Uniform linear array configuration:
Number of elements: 32
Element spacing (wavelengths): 0.25
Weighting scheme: cosine
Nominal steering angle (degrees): -15
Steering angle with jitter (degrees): -14.791
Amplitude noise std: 0.05
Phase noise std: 0.05

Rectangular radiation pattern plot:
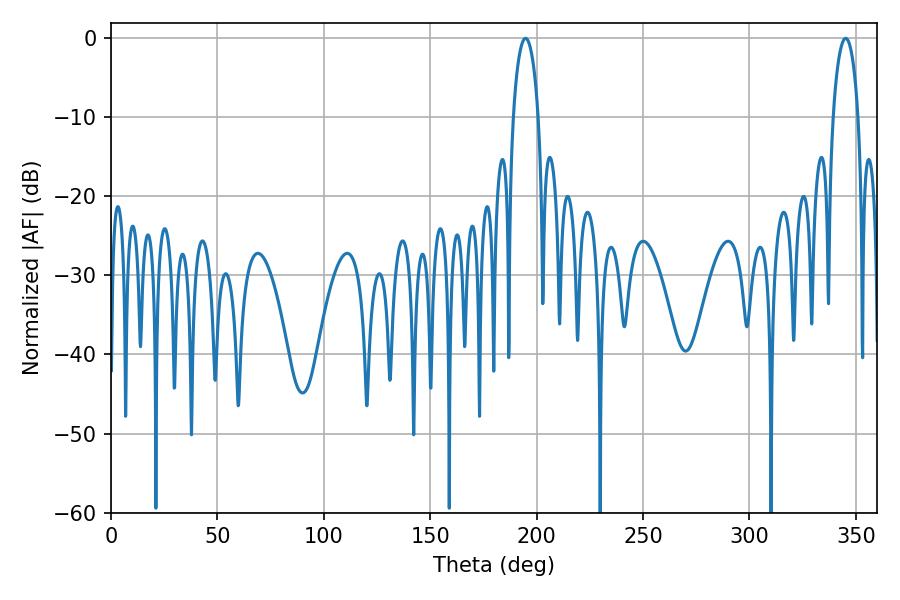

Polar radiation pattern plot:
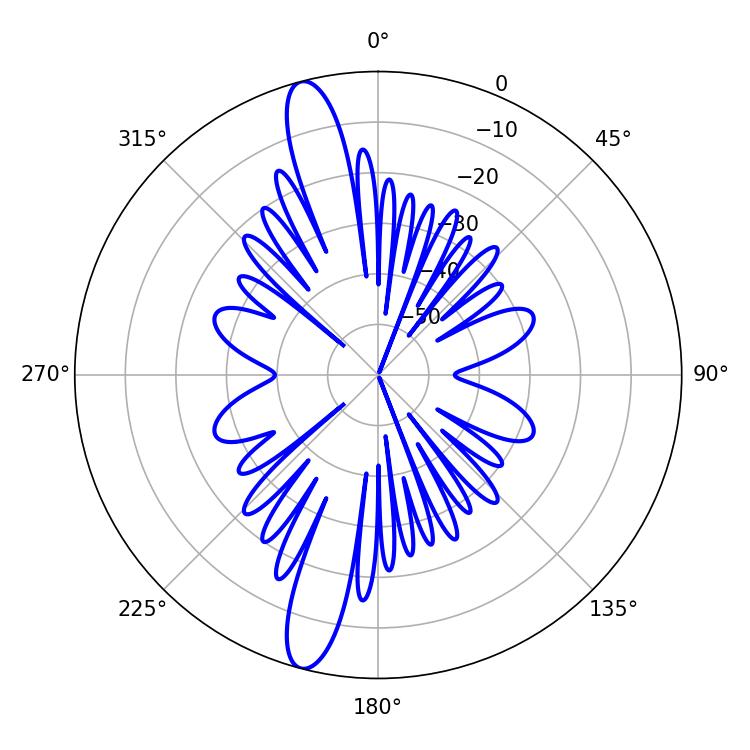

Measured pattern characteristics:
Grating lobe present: FALSE
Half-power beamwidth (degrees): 6.66
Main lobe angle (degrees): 194.76